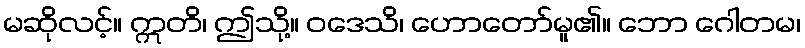
မဆိုလင့်။ ဣတိ၊ ဤသို့။ ဝဒေသိ၊ ဟောတော်မူ၏။ ဘော ဂေါတမ၊